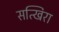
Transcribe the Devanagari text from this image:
सत्खिरा